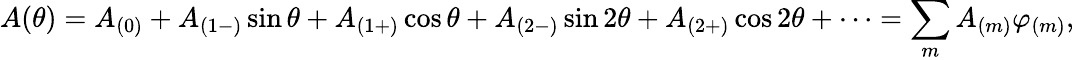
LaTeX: A(\theta)=A_{(0)}+A_{(1-)}\sin\theta+A_{(1+)}\cos\theta+A_{(2-)}\sin 2\theta+A_{(2+)}\cos 2\theta+\cdots=\sum_{m}A_{(m)}\varphi_{(m)},